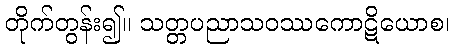
တိုက်တွန်း၍။ သတ္တပညာသဝဿကောဋိယောစ၊